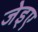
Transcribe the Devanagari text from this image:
जेइए